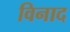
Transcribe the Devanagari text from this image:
विनाद